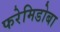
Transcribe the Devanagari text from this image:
फरेमिडोबा